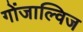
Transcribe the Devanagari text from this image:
गोंजाल्विज